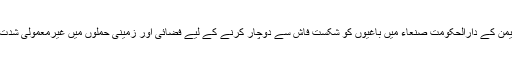
ذرائع کے مطابق یمن کے دارالحکومت صنعاء میں باغیوں کو شکست فاش سے دوچار کرنے کے لیے فضائی اور زمینی حملوں میں غیرمعمولی شدت لائی جا رہی ہے۔